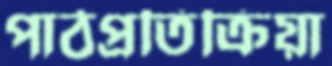
পাঠপ্রতিক্রিয়া